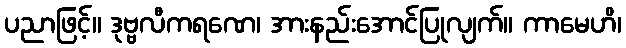
ပညာဖြင့်။ ဒုဗ္ဗလီကရဏေ၊ အားနည်းအောင်ပြုလျက်။ ကာမေဟိ၊